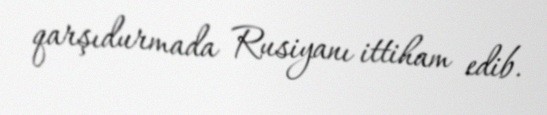
qarşıdurmada Rusiyanı ittiham edib.